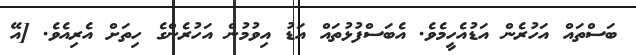
ބަސްތައް އަހުރެން އަޑުއެހީމެވެ. އެބަސްފުޅުތައް އަޑު އިވުމުން އަހުރެންގެ ހިތަށް އެރިއެވެ. [އޭ